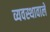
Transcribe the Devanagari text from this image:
व्यवस्थावाले